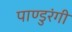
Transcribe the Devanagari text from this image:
पाण्डुरंगी